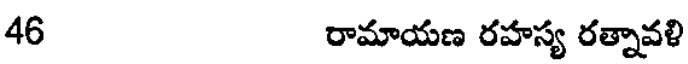
46 రామాయణ రహస్య రత్నావళి